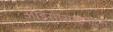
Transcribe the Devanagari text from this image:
आइसोसाइनेट्स